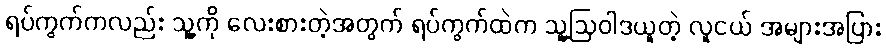
ရပ်ကွက်ကလည်း သူ့ကို လေးစားတဲ့အတွက် ရပ်ကွက်ထဲက သူ့ဩဝါဒယူတဲ့ လူငယ် အများအပြား